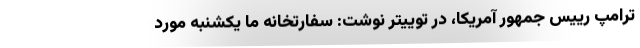
ترامپ رییس جمهور آمریکا، در توییتر نوشت: سفارتخانه ما یکشنبه مورد